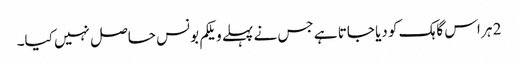
2 ہر اس گاہک کو دیا جاتا ہے جس نے پہلے ویلکم بونس حاصل نہیں کیا۔